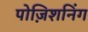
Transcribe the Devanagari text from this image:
पोज़िशनिंग